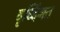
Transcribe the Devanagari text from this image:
वृध्दिंगत